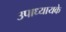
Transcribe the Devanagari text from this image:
उपाध्यायके